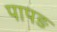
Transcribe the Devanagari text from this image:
पापङ